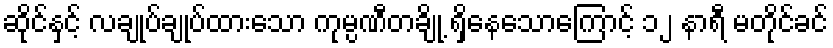
ဆိုင်နှင့် လချုပ်ချုပ်ထားသော ကုမ္ပဏီတချို့ ရှိနေသောကြောင့် ၁၂ နာရီ မတိုင်ခင်